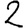
Digit: 2